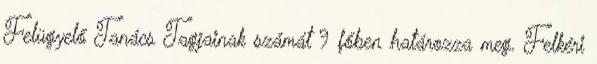
Felügyelő Tanács Tagjainak számát 9 főben határozza meg. Felkéri